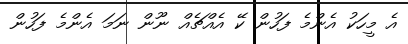
އެ މީހަކު އެންމެ ފަހުން ކޭ އެއްޗެއް ނޫން ނަމަ އެންމެ ފަހުން